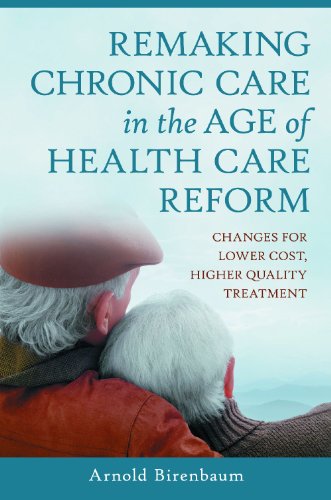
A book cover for Remaking Chronic Care in the Age of Health Care Reform: Changes for Lower Cost, Higher Quality Treatment; Arnold Birenbaum; Medical Books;